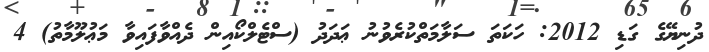
ދުނިޔޭގެ ގަޑި 2012: ހަކަތަ ސަލާމަތްކުރެވުނު ޢަދަދު (ސްޓެލްކޯއިން ދެއްވާފައިވާ މަޢުލޫމާތު) 4